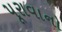
પૂરાવાનો